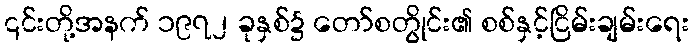
၎င်းတို့အနက် ၁၉၇၂ ခုနှစ်၌ တော်စတွိုင်း၏ စစ်နှင့်ငြိမ်းချမ်းရေး